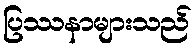
ပြဿနာများသည်